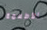
الأطعمة